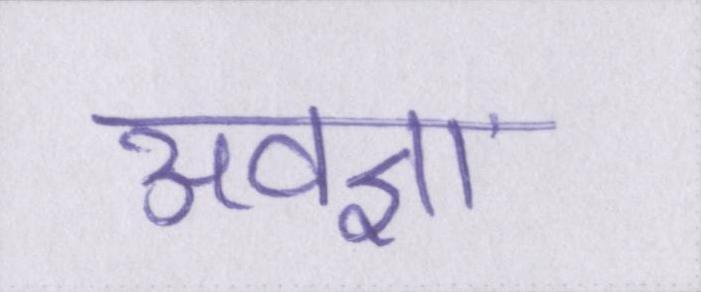
अवज्ञा